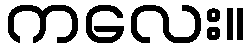
ကလေး။